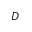
D